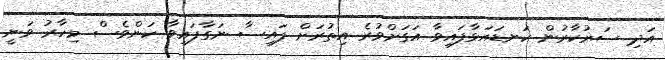
އަދި ސަރުކާރުން ކަނޑައަޅާފައިވާ އަގަށްވުރެ އިތުރަށް ފައިސާ ނަގާފައިވާ ކަންވެސް މިހާރު ވަނީ